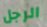
الرجل